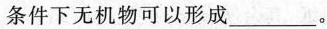
条件下无机物可以形成___。